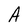
Character: A